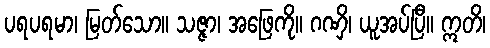
ပရပရမာ၊ မြတ်သော။ သဇ္ဇာ၊ အဖြေကို။ ဂဏှိ၊ ယူအပ်ပြီ။ ဣတိ၊